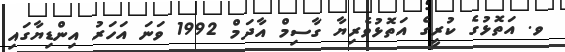
ވ. އަތޮޅުގެ ކުރީގެ އަތޮޅުވެރިޔާ ގާސިމް އާދަމް 1992 ވަނަ އަހަރު އިންޑިޔާގައި